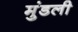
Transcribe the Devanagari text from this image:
मुंडली